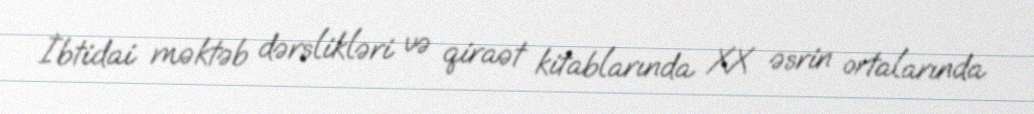
İbtidai məktəb dərslikləri və qiraət kitablarında XX əsrin ortalarında